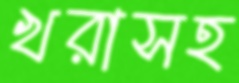
খরাসহ